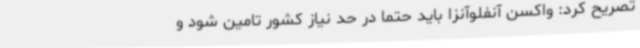
تصریح کرد: واکسن آنفلوآنزا باید حتماً‌ در حد نیاز کشور تامین شود و